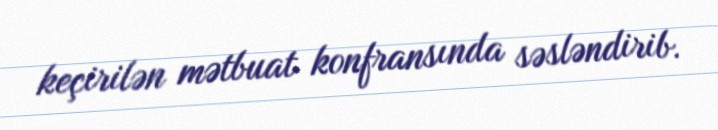
keçirilən mətbuat konfransında səsləndirib.